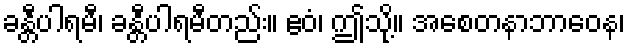
ခန္တီပါရမီ၊ ခန္တီပါရမီတည်း။ ဧဝံ၊ ဤသို့။ အစေတနာဘာဝေန၊